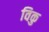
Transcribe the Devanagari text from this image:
विकु